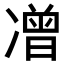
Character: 𭂡